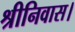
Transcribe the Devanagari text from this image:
श्रीनिवास।